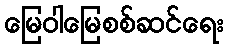
မြေဝါမြေစစ်ဆင်ရေး